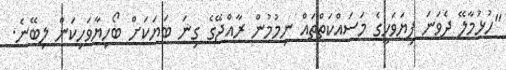
"ހުޅުމާލޭ ދެވަނަ ފިޔަވަހީގެ މަސައްކަތްތައް ނިމުމުން ރާއްޖޭގެ ގިނަ ބަޔަކަށް ބޯހިޔާވަހިކަން ލިބޭނެ.